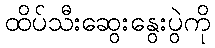
ထိပ်သီးဆွေးနွေးပွဲကို